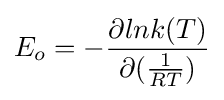
E_{o}=-{\frac {\partial lnk(T)}{\partial ({\frac {1}{RT}})}}